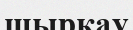
шырқау